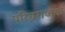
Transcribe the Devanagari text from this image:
परिव्रराजक